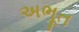
અભૂત